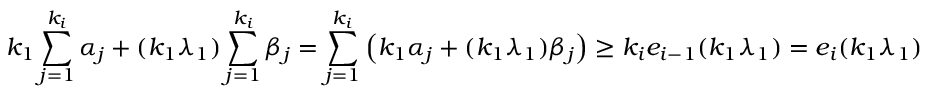
k _ { 1 } \sum _ { j = 1 } ^ { k _ { i } } \alpha _ { j } + ( k _ { 1 } \lambda _ { 1 } ) \sum _ { j = 1 } ^ { k _ { i } } \beta _ { j } = \sum _ { j = 1 } ^ { k _ { i } } \left( k _ { 1 } \alpha _ { j } + ( k _ { 1 } \lambda _ { 1 } ) \beta _ { j } \right) \geq k _ { i } e _ { i - 1 } ( k _ { 1 } \lambda _ { 1 } ) = e _ { i } ( k _ { 1 } \lambda _ { 1 } )